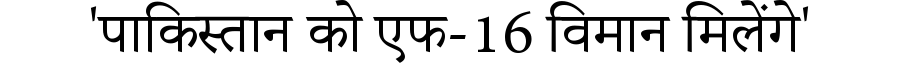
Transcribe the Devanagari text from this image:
'पाकिस्तान को एफ-16 विमान मिलेंगे'